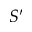
S ^ { \prime }